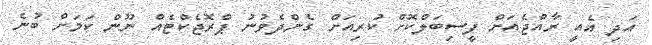
އަދި އެއީ ރާއްޖެއަށް ފީސިބަލްކޮށް ކުރިއަށް ގެންދެވުނު ޕްރޮޖެކްޓެއް ނޫން ކަމަށް ބުނެ